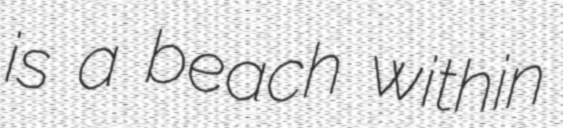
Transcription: is a beach within